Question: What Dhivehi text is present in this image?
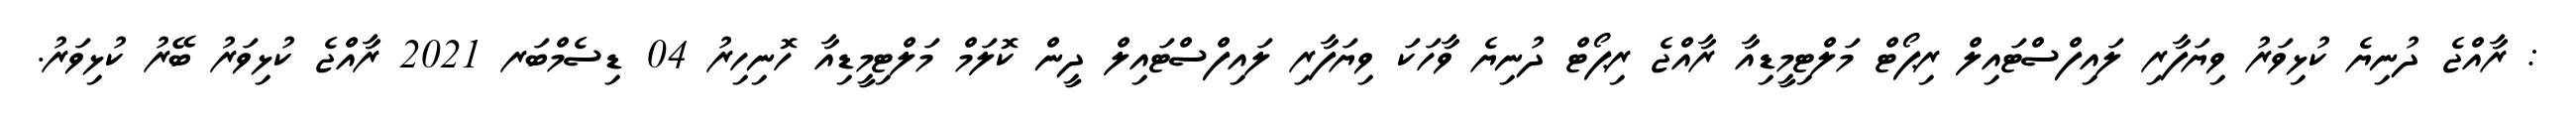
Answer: : ރާއްޖެ ދުނިޔެ ކުޅިވަރު ވިޔަފާރި ލައިފްސްޓައިލް ރިޕޯޓް މަލްޓިމީޑިއާ ރާއްޖެ ރިޕޯޓް ދުނިޔެ ވާހަކަ ވިޔަފާރި ލައިފްސްޓައިލް ދީން ކޮލަމް މަލްޓިމީޑިއާ ހޮނިހިރު 04 ޑިސެމްބަރ 2021 ރާއްޖެ ކުޅިވަރު ބޭރު ކުޅިވަރު.